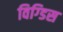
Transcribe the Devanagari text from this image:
विग्डिस